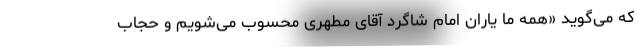
که می‌گوید «همه ما یاران امام شاگرد آقای مطهری محسوب می‌شویم و حجاب